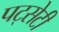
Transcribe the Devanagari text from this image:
पट्सेटी